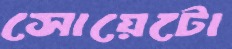
সোয়েটো